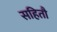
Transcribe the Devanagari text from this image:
सहितौ